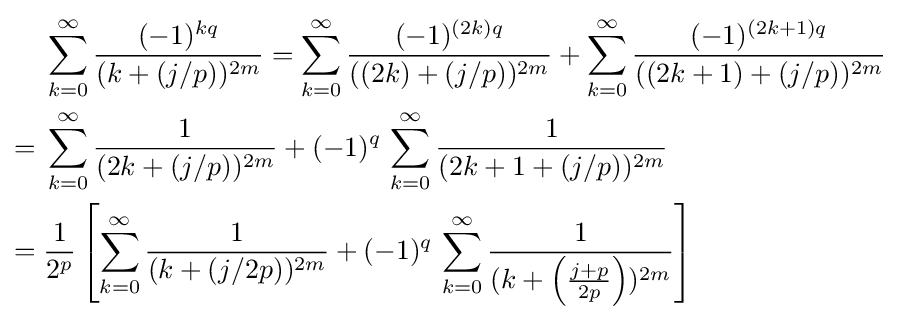
{\begin{aligned}&\sum _{k=0}^{\infty }{\frac {(-1)^{kq}}{(k+(j/p))^{2m}}}=\sum _{k=0}^{\infty }{\frac {(-1)^{(2k)q}}{((2k)+(j/p))^{2m}}}+\sum _{k=0}^{\infty }{\frac {(-1)^{(2k+1)q}}{((2k+1)+(j/p))^{2m}}}\\={}&\sum _{k=0}^{\infty }{\frac {1}{(2k+(j/p))^{2m}}}+(-1)^{q}\,\sum _{k=0}^{\infty }{\frac {1}{(2k+1+(j/p))^{2m}}}\\={}&{\frac {1}{2^{p}}}\left[\sum _{k=0}^{\infty }{\frac {1}{(k+(j/2p))^{2m}}}+(-1)^{q}\,\sum _{k=0}^{\infty }{\frac {1}{(k+\left({\frac {j+p}{2p}}\right))^{2m}}}\right]\end{aligned}}